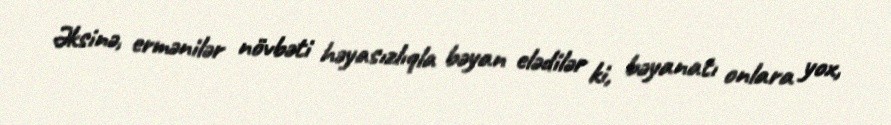
Əksinə, ermənilər növbəti həyasızlıqla bəyan elədilər ki, bəyanatı onlara yox,